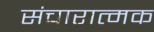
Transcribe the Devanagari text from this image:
संचारात्मक